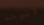
لاتوجد